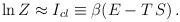
LaTeX: \begin{align*}\ln Z \approx I_{cl} \equiv \beta(E - T\, S) \, .\end{align*}